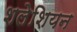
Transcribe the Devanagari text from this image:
शलेशियन